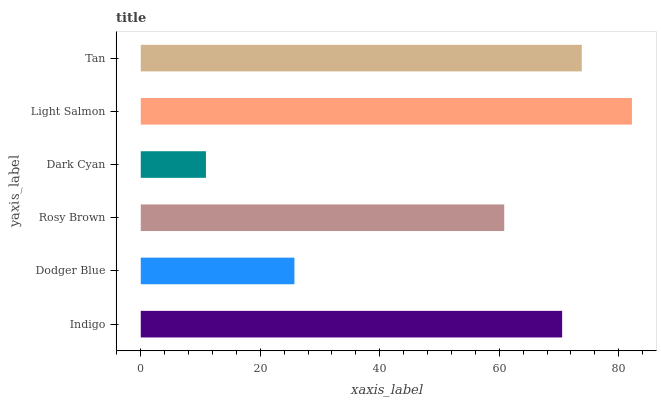
| yaxis_label | bars |
 | --- | --- |
 | Indigo | 70.5 |
 | Dodger Blue | 25.7 |
 | Rosy Brown | 60.8 |
 | Dark Cyan | 10.9 |
 | Light Salmon | 82.2 |
 | Tan | 73.8 |